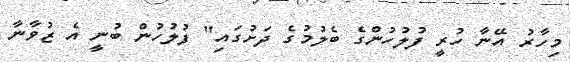
މިހާރު އޭނާ ހުރީ ފުލުހުންގެ ބެލުމުގެ ދަށުގައި" ފުލުހުން ބުނީ އެ ޒުވާނާ